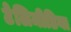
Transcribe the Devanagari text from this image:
टेलिमीडिया